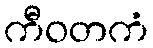
ကီဝတကံ